Scottish Leaving Certificate Examination, 1959
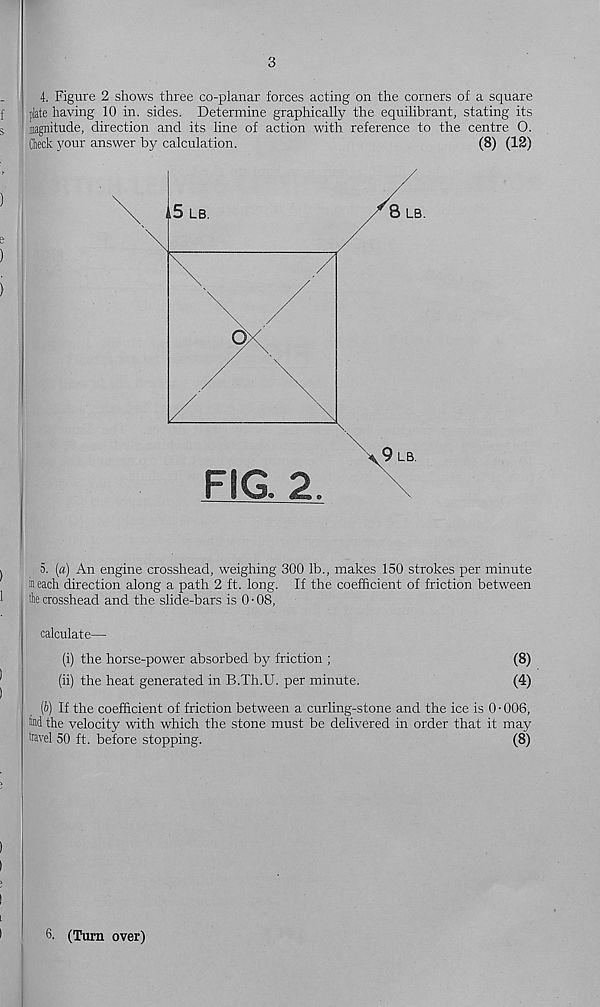
3
4. Figure 2 shows three co-planar forces acting on the corners of a square
plate having 10 in. sides. Determine graphically the equilibrant, stating its
magnitude, direction and its line of action with reference to the centre 0.
Check your answer by calculation.
(8) (12)
5. (a) An engine crosshead, weighing 300 lb., makes 150 strokes per minute
in each direction along a path 2 ft. long. If the coefficient of friction between
the crosshead and the slide-bars is 0 • 08,
calculate—
(i) the horse-power absorbed by friction ;
(8)
(ii) the heat generated in B.Th.U. per minute.
(4)
(b) If the coefficient of friction between a curling-stone and the ice is 0 • 006,
tad the velocity with which the stone must be delivered in order that it may
travel 50 ft. before stopping.
(8)
6. (Turn over)